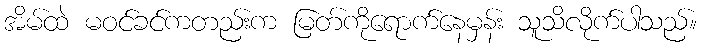
အိမ်ထဲ မဝင်ခင်ကတည်းက မြတ်ကိုရောက်နေမှန်း သူသိလိုက်ပါသည်။